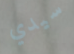
سيدي